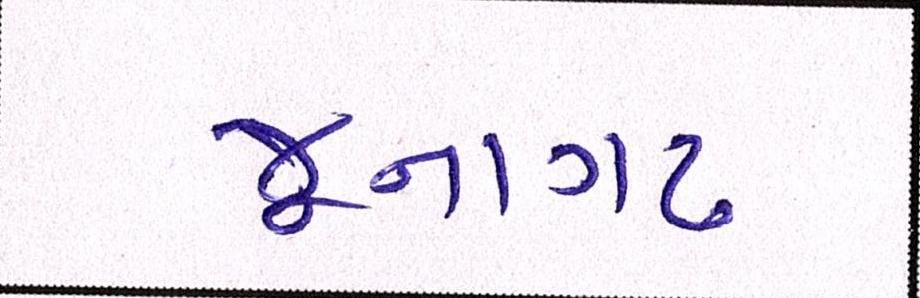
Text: જૂનાગઢ